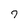
Character: 7